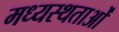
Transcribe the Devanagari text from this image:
मध्‍यस्‍थताओं